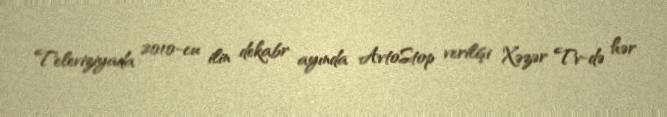
Televiziyada 2010-cu ilin dekabr ayında AvtoStop verilişi Xəzər Tv-də hər